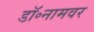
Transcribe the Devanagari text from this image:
डॉ॰नामवर